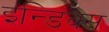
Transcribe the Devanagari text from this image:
इन्डिक्स